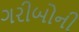
ગરીબોની